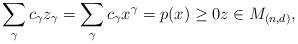
LaTeX: \begin{align*}\sum_{\gamma}c_\gamma z_\gamma = \sum_{\gamma}c_\gamma x^\gamma = p(x) \geq 0 z \in M_{(n,d)},\end{align*}